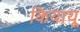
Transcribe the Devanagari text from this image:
कियायू